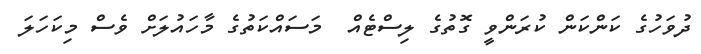
ދުވަހުގެ ކަންކަން ކުރަންވީ ގޮތުގެ ލިސްޓެއް  މަސައްކަތުގެ މާހައުލަށް ވެސް މިކަހަލަ